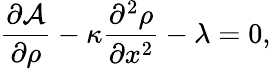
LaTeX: \frac{\partial\mathcal{A}}{\partial\rho}-\kappa\frac{\partial^{2}\rho}{\partial x^{2}}-\lambda=0,